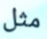
مثل